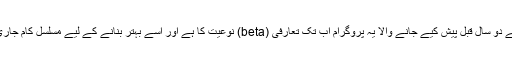
اب سے دو سال قبل پیش کیے جانے والا یہ پروگرام اب تک تعارفی (beta) نوعیت کا ہے اور اسے بہتر بنانے کے لیے مسلسل کام جاری ہے۔